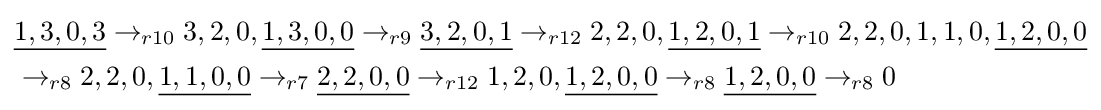
{\begin{aligned}&{\underline {1,3,0,3}}\rightarrow _{r10}3,2,0,{\underline {1,3,0,0}}\rightarrow _{r9}{\underline {3,2,0,1}}\rightarrow _{r12}2,2,0,{\underline {1,2,0,1}}\rightarrow _{r10}2,2,0,1,1,0,{\underline {1,2,0,0}}\\&\rightarrow _{r8}2,2,0,{\underline {1,1,0,0}}\rightarrow _{r7}{\underline {2,2,0,0}}\rightarrow _{r12}1,2,0,{\underline {1,2,0,0}}\rightarrow _{r8}{\underline {1,2,0,0}}\rightarrow _{r8}0\end{aligned}}